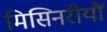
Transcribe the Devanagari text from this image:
मिसिनरीयौं